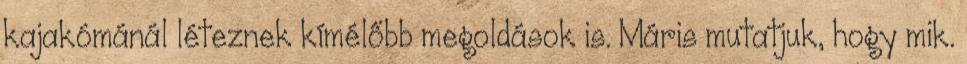
kajakómánál léteznek kímélőbb megoldások is. Máris mutatjuk, hogy mik.